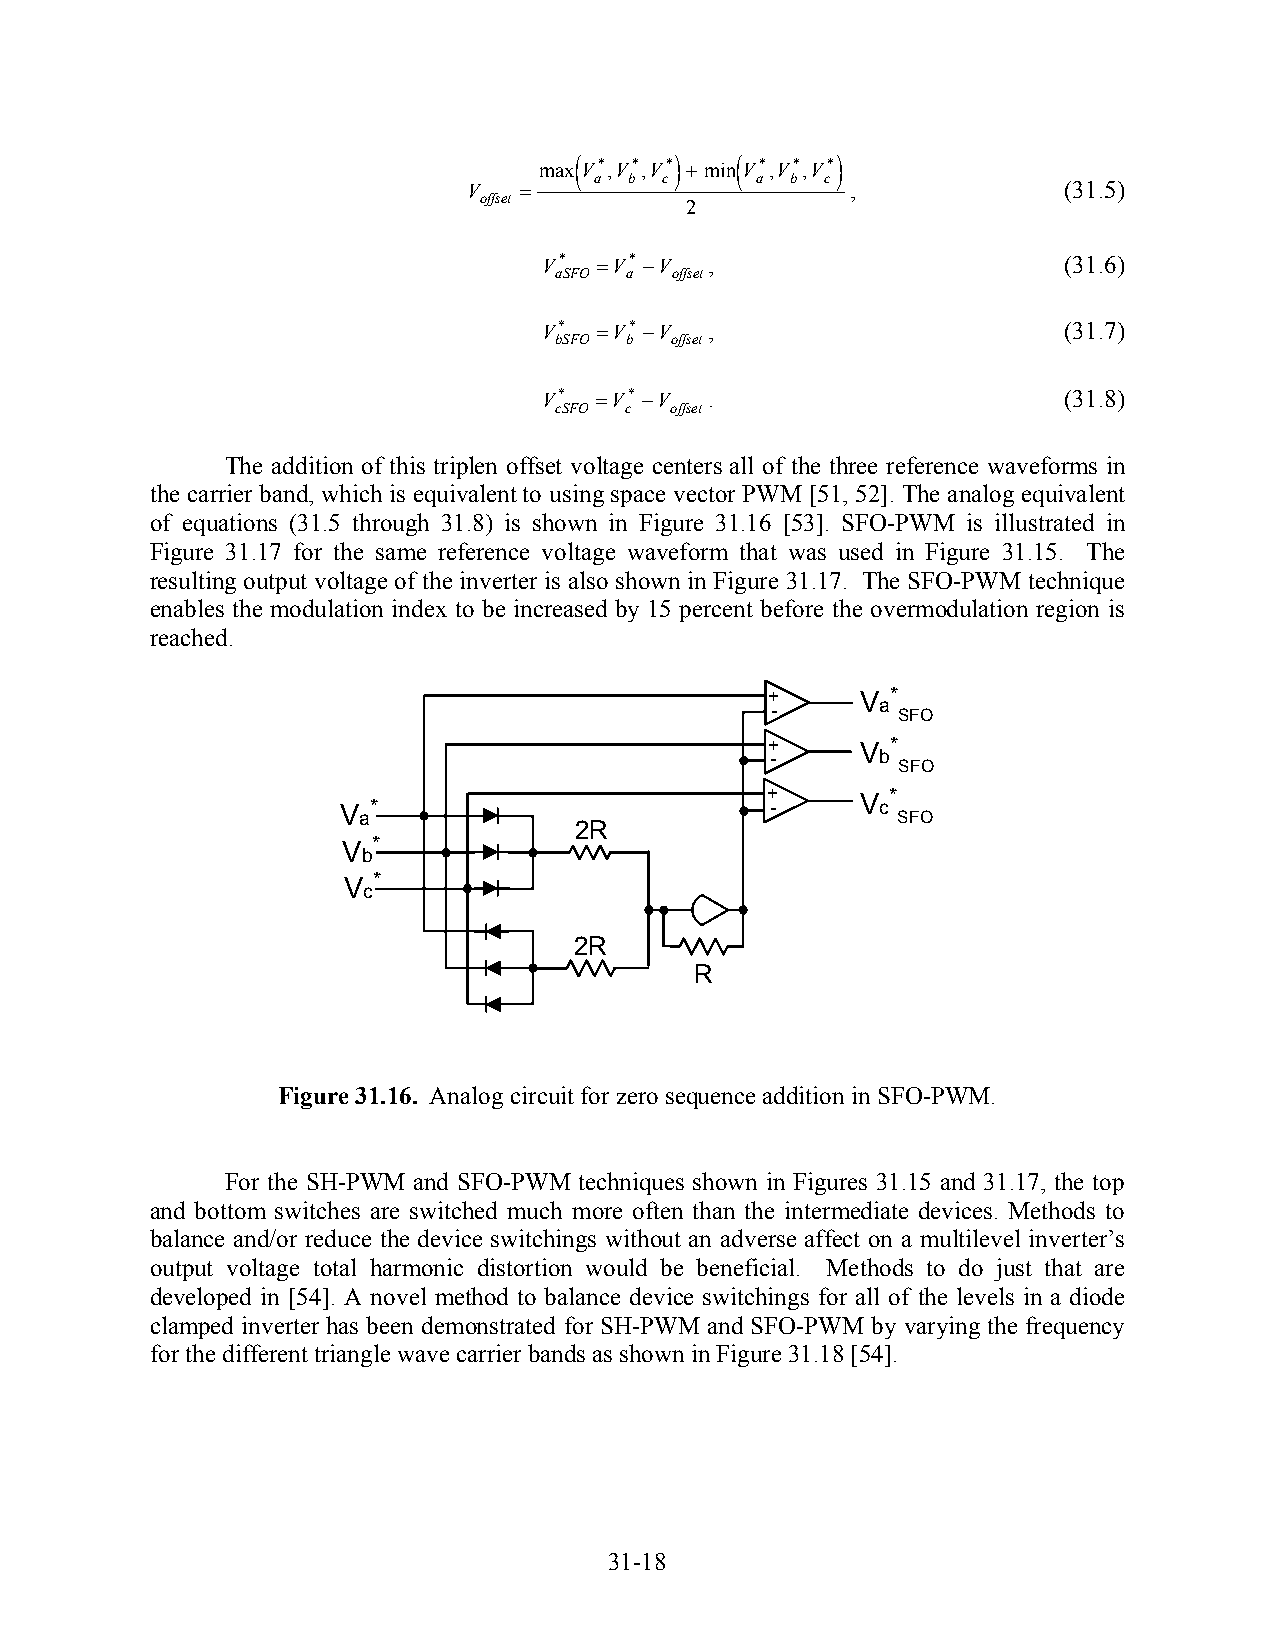
max( V*,V*,V*) +min( V*,V*,V*)
 a  b c     a b  c
 V  =                     ,             (31.5)
 offset       2
 V*  =V* −V ,                      (31.6)
 aSFO a offset
 V*  =V* −V ,                      (31.7)
 bSFO b offset
 V* =V* −V  .                      (31.8)
 cSFO c offset
 The addition of this triplen offset voltage centers all of the three reference waveforms in
 the carrier band, which is equivalent to using space vector PWM [51, 52]. The analog equivalent
 of equations (31.5 through 31.8) is shown in Figure 31.16 [53]. SFO-PWM is illustrated in
 Figure 31.17 for the same reference voltage waveform that was used in Figure 31.15. The
 resulting output voltage of the inverter is also shown in Figure 31.17. The SFO-PWM technique
 enables the modulation index to be increased by 15 percent before the overmodulation region is
 reached.
 +     V *
 -      a SFO
 +     V *
 -      b
 SFO
 V *                         + -   V c*
 a                                  SFO
 2R
 V *
 b
 V *
 c
 2R
 R
 Figure 31.16. Analog circuit for zero sequence addition in SFO-PWM.
 For the SH-PWM and SFO-PWM techniques shown in Figures 31.15 and 31.17, the top
 and bottom switches are switched much more often than the intermediate devices. Methods to
 balance and/or reduce the device switchings without an adverse affect on a multilevel inverter’s
 output voltage total harmonic distortion would be beneficial. Methods to do just that are
 developed in [54]. A novel method to balance device switchings for all of the levels in a diode
 clamped inverter has been demonstrated for SH-PWM and SFO-PWM by varying the frequency
 for the different triangle wave carrier bands as shown in Figure 31.18 [54].
 31-18